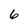
Character: 6